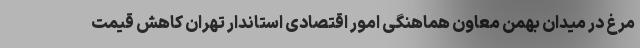
مرغ در میدان بهمن معاون هماهنگی امور اقتصادی استاندار تهران کاهش قیمت